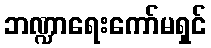
ဘဏ္ဍာရေးကော်မရှင်